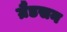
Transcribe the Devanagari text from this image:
ग्रैडसन